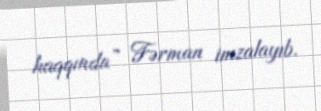
haqqında” Fərman imzalayıb.